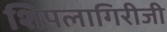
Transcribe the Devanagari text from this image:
शिपलागिरीजी